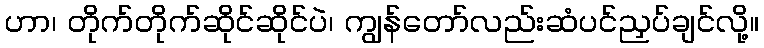
ဟာ၊ တိုက်တိုက်ဆိုင်ဆိုင်ပဲ၊ ကျွန်တော်လည်းဆံပင်ညှပ်ချင်လို့။